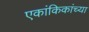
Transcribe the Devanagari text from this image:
एकांकिकांच्या